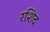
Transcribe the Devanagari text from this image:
रशिद